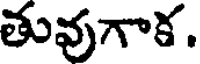
తువుగాక.